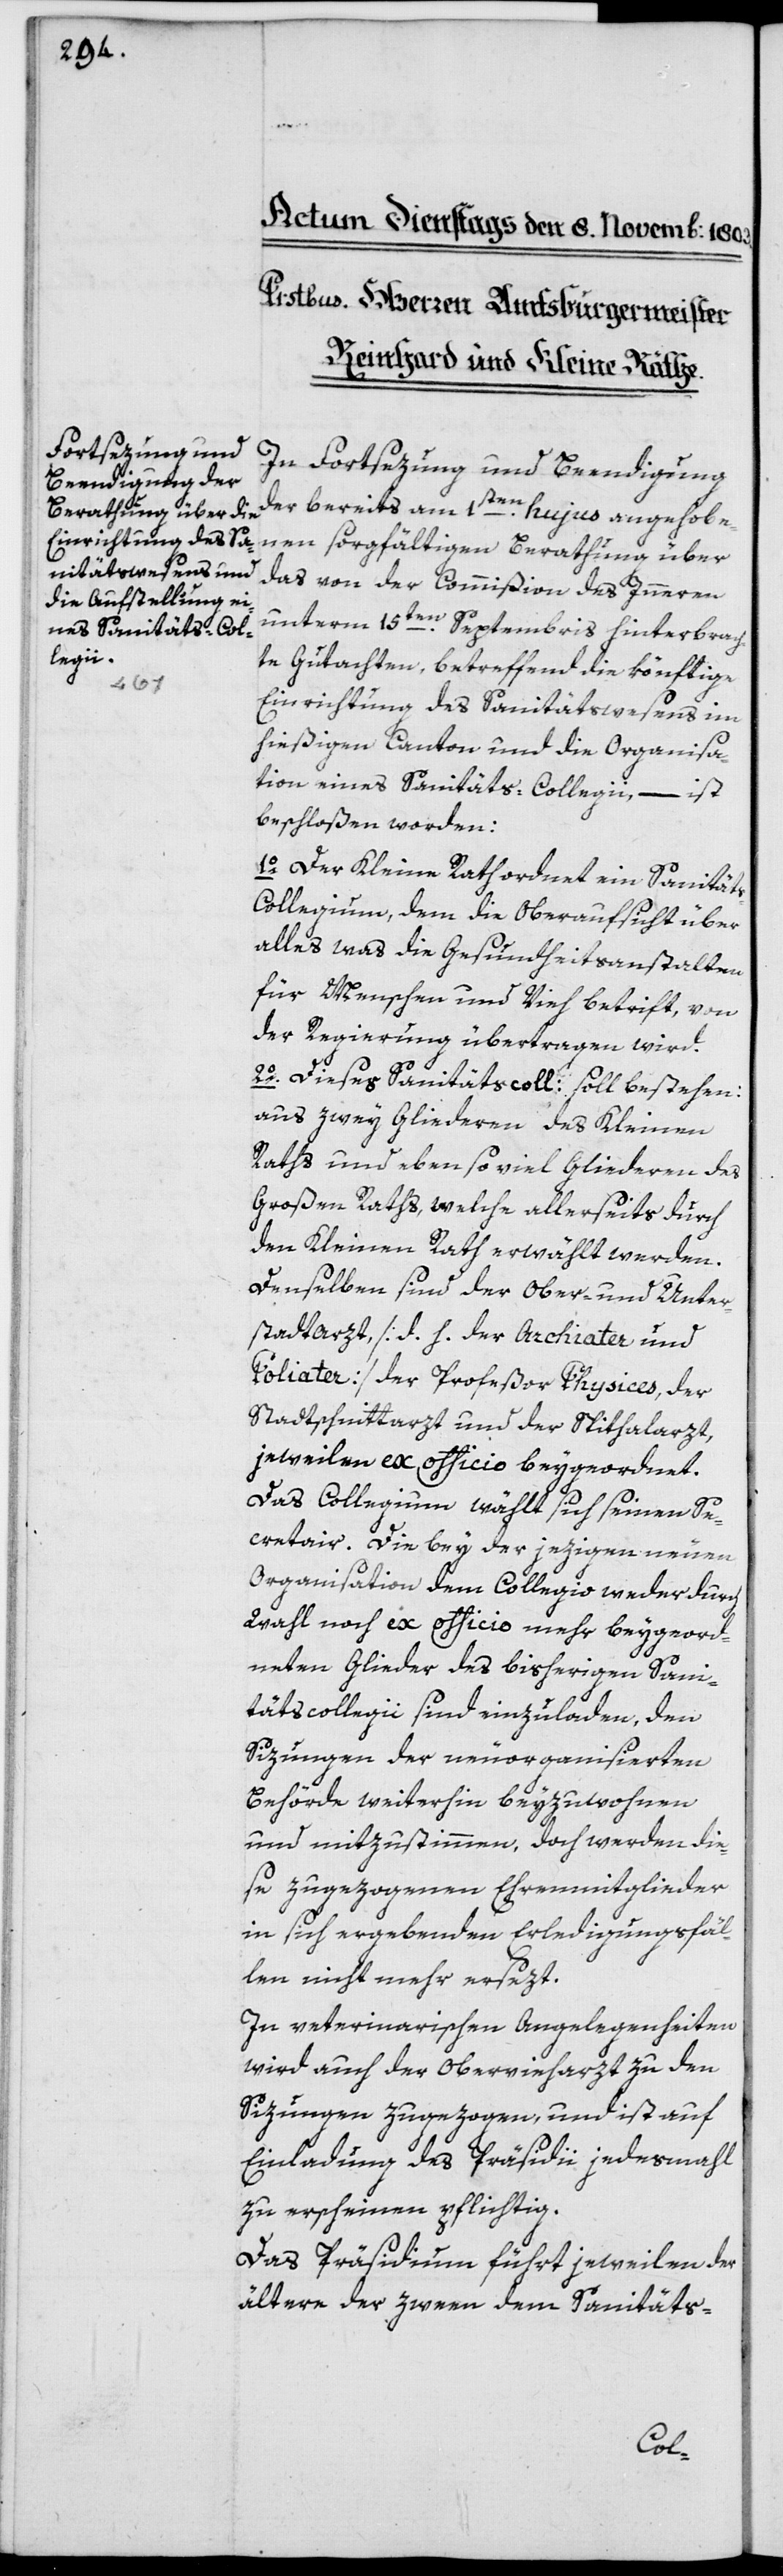
In Fortsezung und Beendigung
der bereits am 1ten hujus angehobe¬
nen sorgfältigen Berathung über
das von der Commißion des Innern
unterm 15ten Septembris hinterbrach¬
ten Gutachten, betreffend könftige
Einrichtung des Sanitätswesens im
hießigen Canton und die Organisa¬
tion eines Sanitäts-Collegii, – ist
beschloßen worden:
1o Der Kleine Rath ordnet ein Sanität¬
s-Collegium, dem die Oberaufsicht über
alles, was die Gesundheitsanstalten
für Menschen und Vieh betrifft, von
der Regierung übertragen wird.
2o Dieses Sanitätscoll. soll bestehen:
aus zwey Gliederen des Kleinen
Raths und ebensoviel Gliedern des
Großen Raths, welche allerseits durch
den Kleinen Rath erwählt werden.
Denselben sind der Ober- und Unter¬
stadtarzt [d. h. der Archiater und
Poliater], der Profeßor Physices, der
Stadtschnittarzt und der Spithalarzt,
jeweilen ex officio beygeordnet.
Das Collegium wählt sich seinen Se¬
cretair. Die bey der jezigen neuen
Organisation dem Collegio weder durch
Wahl noch ex officio mehr beygeord¬
neten Glieder des bisherigen Sani¬
täts-Collegii sind einzuladen, den
Sizungen der neuorganisierten
Behörde weiterhin beyzuwohnen
und mitzustimmen, doch werden die¬
se zugezogenen Ehrenmitglieder
in sich ergebenden Erledigungsfäl¬
len nicht mehr ersezt.
In veterinarischen Angelegenheiten
wird auch der Obervieharzt zu den
Sizungen zugezogen, und ist auf
Einladung des Präsidii jedesmal
zu erscheinen pflichtig.
Das Präsidium führt jeweilen der
ältere der zween dem Sanitäts-